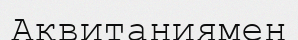
Аквитаниямен